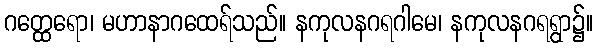
ဂတ္ထေရော၊ မဟာနာဂထေရ်သည်။ နကုလနဂရဂါမေ၊ နကုလနဂရရွာ၌။